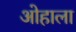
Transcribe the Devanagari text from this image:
ओहाला